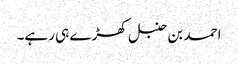
احمد بن حنبل کھڑے ہی رہے۔